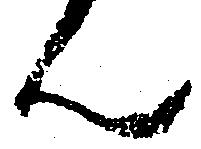
ん